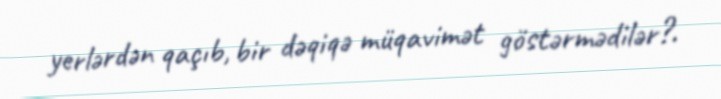
yerlərdən qaçıb, bir dəqiqə müqavimət göstərmədilər?.